Indian journal of veterinary science and animal husbandry - Volume 13,
Year: 1943
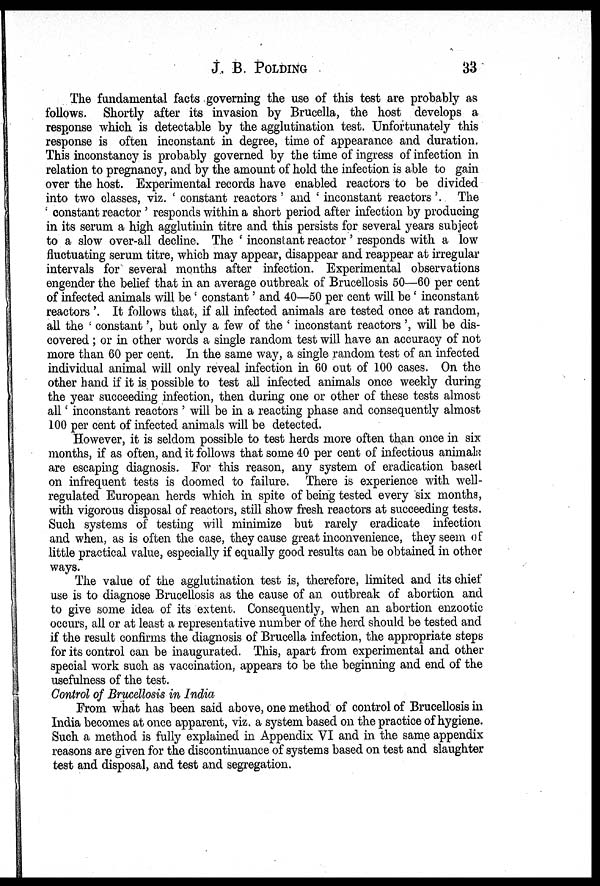
J. B. POLDING 33
The fundamental facts governing the use of this test are probably as
follows. Shortly after its invasion by Brucella, the host develops a
response which is detectable by the agglutination test. Unfortunately this
response is often inconstant in degree, time of appearance and duration.
This inconstancy is probably governed by the time of ingress of infection in
relation to pregnancy, and by the amount of hold the infection is able to gain
over the host. Experimental records have enabled reactors to be divided
into two classes, viz. ' constant reactors' and ' inconstant reactors'. The
' ' constant reactor ' responds within a short period after infection by producing
in its serum a high agglutinin titre and this persists for several years subject
to a slow over-all decline. The ' inconstant reactor' responds with a low
fluctuating serum titre, which may appear, disappear and reappear at irregular
intervals for several months after infection. Experimental observations
engender the belief that in an average outbreak of Brucellosis 50—60 per cent
of infected animals will be' constant' and 40—50 per cent will be ' inconstant
reactors '. It follows that, if all infected animals are tested once at random,
all the ' constant', but only a few of the ' inconstant reactors ', will be dis-
covered ; or in other words a single random test will have an accuracy of not
more than 60 per cent. In the same way, a single random test of an infected
individual animal will only reveal infection in 60 out of 100 cases. On the
other hand if it is possible to test all infected animals once weekly during
the year succeeding infection, then during one or other of these tests almost
all' inconstant reactors ' will be in a reacting phase and consequently almost
100 per cent of infected animals will be detected.
However, it is seldom possible to test herds more often than once in six
months, if as often, and it follows that some 40 per cent of infectious animals
are escaping diagnosis. For this reason, any system of eradication based
on infrequent tests is doomed to failure. There is experience with well-
regulated European herds which in spite of being tested every six months,
with vigorous disposal of reactors, still show fresh reactors at succeeding tests.
Such systems of testing will minimize but rarely eradicate infection
and when, as is often the case, they cause great inconvenience, they seem of
little practical value, especially if equally good results can be obtained in other
ways.
The value of the agglutination test is, therefore, limited and its chief
use is to diagnose Brucellosis as the cause of an outbreak of abortion and
to give some idea of its extent. Consequently, when an abortion enzootic
occurs, all or at least a representative number of the herd should be tested and
if the result confirms the diagnosis of Brucella infection, the appropriate steps
for its control can be inaugurated. This, apart from experimental and other
special work such as vaccination, appears to be the beginning and end of the
usefulness of the test.
Control of Brucellosis in India
From what has been said above, one method of control of Brucellosis in
India becomes at once apparent, viz. a system based on the practice of hygiene.
Such a method is fully explained in Appendix VI and in the same appendix
reasons are given for the discontinuance of systems based on test and slaughter
test and disposal, and test and segregation.